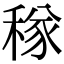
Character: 𥠂